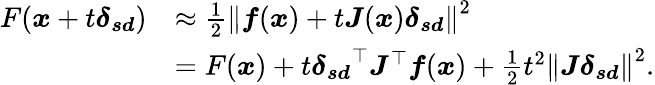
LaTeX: {\begin{array}{rl}{F({\boldsymbol{x}}+t{\boldsymbol{\delta_{sd}}})}&{\approx{\frac{1}{2}}\left\| {\boldsymbol{f}}({\boldsymbol{x}})+t{\boldsymbol{J}}({\boldsymbol{x}}){\boldsymbol{\delta_{sd}}}\right\| ^{2}}\\ &{=F({\boldsymbol{x}})+t{\boldsymbol{\delta_{sd}}}^{\top}{\boldsymbol{J}}^{\top}{\boldsymbol{f}}({\boldsymbol{x}})+{\frac{1}{2}}t^{2}\left\| {\boldsymbol{J}}{\boldsymbol{\delta_{sd}}}\right\| ^{2}.}\end{array}}